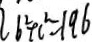
b ^ { 2 } + c ^ { 2 } = 1 9 6